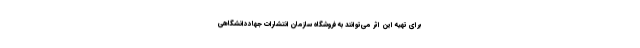
برای تهیه این اثر می‌توانند به فروشگاه سازمان انتشارات جهاددانشگاهی